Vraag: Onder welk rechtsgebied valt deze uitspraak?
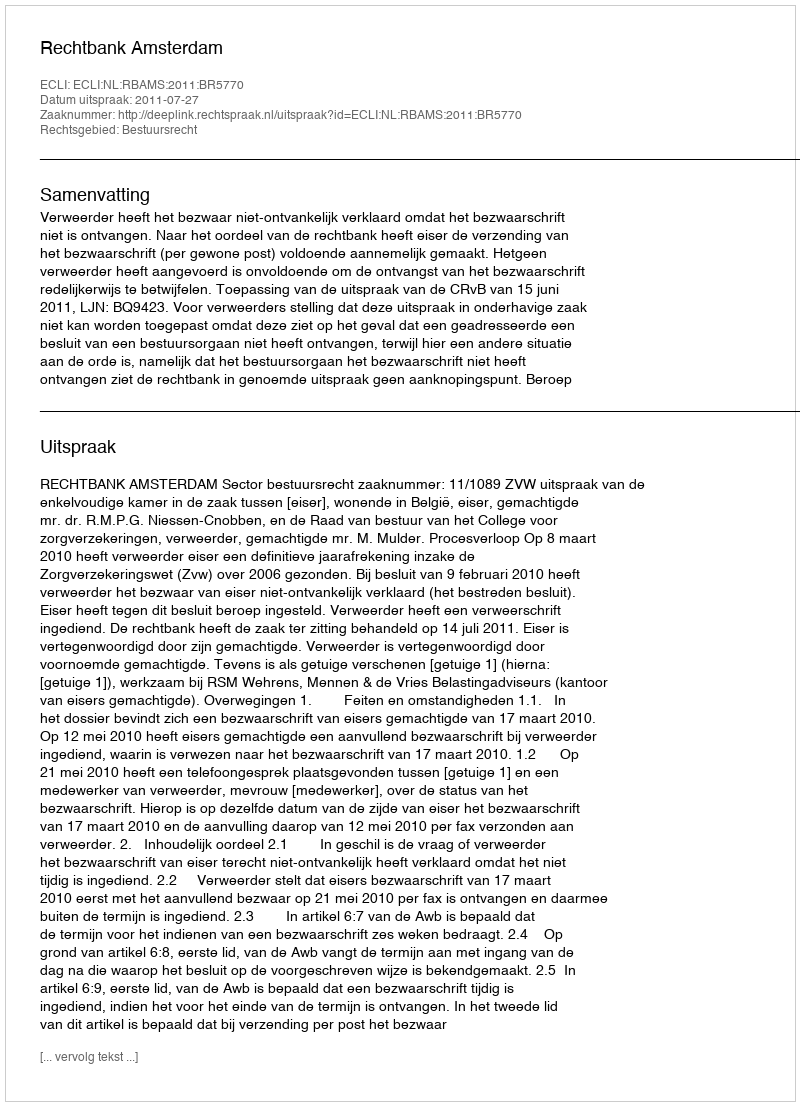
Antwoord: Bestuursrecht